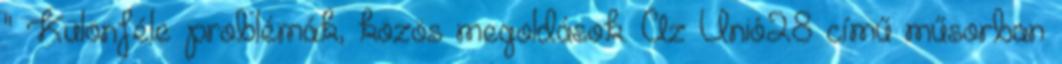
" Különféle problémák, közös megoldások. Az Unió28 című műsorban